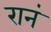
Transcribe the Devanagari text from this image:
रानं